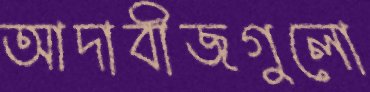
আদাবীজগুলো